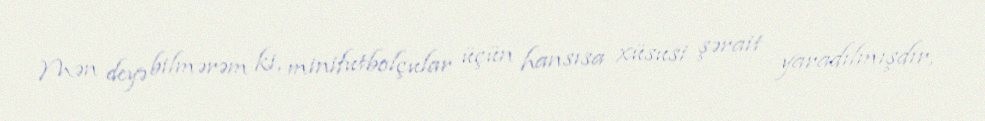
Mən deyə bilmərəm ki, minifutbolçular üçün hansısa xüsusi şərait yaradılmışdır,